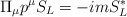
\begin{align*}\Pi_{\mu} p^{\mu} S_{L} = - i m S_{L}^{*}\end{align*}